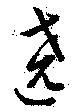
遶